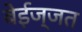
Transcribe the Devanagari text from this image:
बेईज्जत